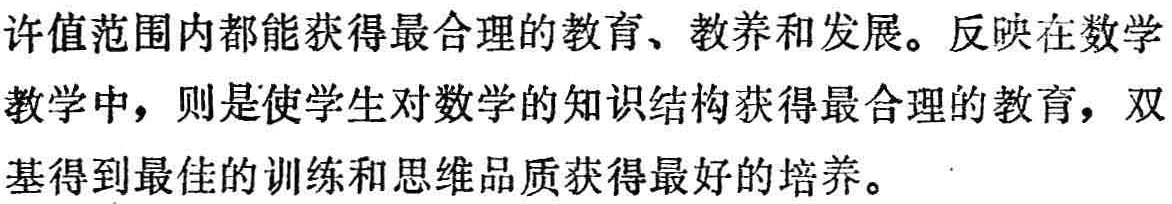
许值范围内都能获得最合理的教育、教养和发展。反映在数学教学中，则是使学生对数学的知识结构获得最合理的教育，双基得到最佳的训练和思维品质获得最好的培养。